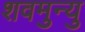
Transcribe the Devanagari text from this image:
शवमुन्यु